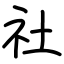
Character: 社